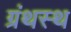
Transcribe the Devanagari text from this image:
ग्रंथस्थ